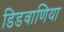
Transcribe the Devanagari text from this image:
डिडवाणिया